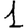
Digit: 1